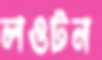
লওটন